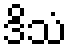
ဒိသံ